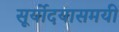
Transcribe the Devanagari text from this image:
सूर्योदयासमयी